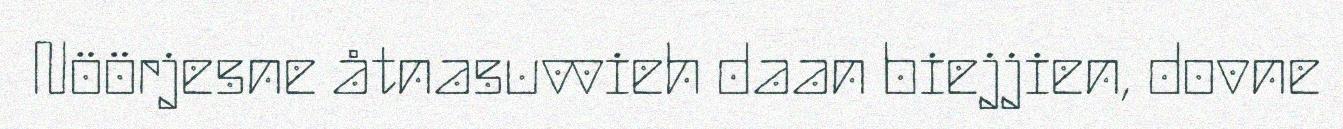
Nöörjesne åtnasuvvieh daan biejjien, dovne